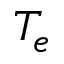
T _ { e }